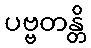
ပဗ္ဗတန္တိ